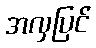
အလှပြင်